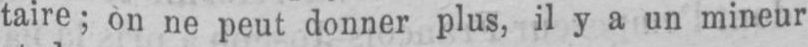
taire; on ne peut donner plus, il y a un mineur